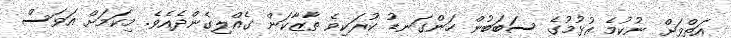
އަތްވަށް ނުކުމެ އުޅުމުގެ ސަބަބުން ހަންގަނޑު ކުރަކިވެ ތާޒާކަން ގެއްލިގެންދެއެވެ. މިކަމަށް އަވަސް